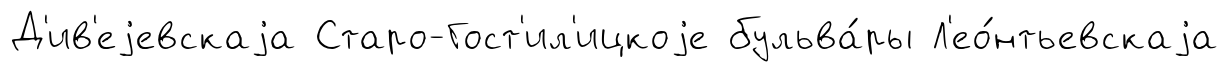
Д'ив'еjевскаjа Старо-Гост'ил'ицкоjе бульва́ры Л'ео́нтьевскаjа